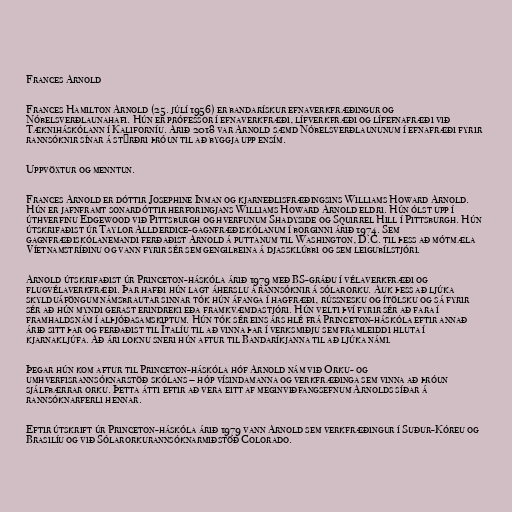
Frances Arnold

Frances Hamilton Arnold (25. júlí 1956) er bandarískur efnaverkfræðingur og
Nóbelsverðlaunahafi. Hún er prófessor í efnaverkfræði, lífverkfræði og lífefnafræði við
Tækniháskólann í Kaliforníu. Árið 2018 var Arnold sæmd Nóbelsverðlaununum í efnafræði fyrir
rannsóknir sínar á stýrðri þróun til að byggja upp ensím.

Uppvöxtur og menntun.

Frances Arnold er dóttir Josephine Inman og kjarneðlisfræðingsins Williams Howard Arnold.
Hún er jafnframt sonardóttir herforingjans Williams Howard Arnold eldri. Hún ólst upp í
úthverfinu Edgewood við Pittsburgh og hverfunum Shadyside og Squirrel Hill í Pittsburgh. Hún
útskrifaðist úr Taylor Allderdice-gagnfræðiskólanum í borginni árið 1974. Sem
gagnfræðiskólanemandi ferðaðist Arnold á puttanum til Washington, D.C. til þess að mótmæla
Víetnamstríðinu og vann fyrir sér sem gengilbeina á djassklúbbi og sem leigubílstjóri.

Arnold útskrifaðist úr Princeton-háskóla árið 1979 með BS-gráðu í vélaverkfræði og
flugvélaverkfræði. Þar hafði hún lagt áherslu á rannsóknir á sólarorku. Auk þess að ljúka
skylduáföngum námsbrautar sinnar tók hún áfanga í hagfræði, rússnesku og ítölsku og sá fyrir
sér að hún myndi gerast erindreki eða framkvæmdastjóri. Hún velti því fyrir sér að fara í
framhaldsnám í alþjóðasamskiptum. Hún tók sér eins árs hlé frá Princeton-háskóla eftir annað
árið sitt þar og ferðaðist til Ítalíu til að vinna þar í verksmiðju sem framleiddi hluta í
kjarnakljúfa. Að ári loknu sneri hún aftur til Bandaríkjanna til að ljúka námi.

Þegar hún kom aftur til Princeton-háskóla hóf Arnold nám við Orku- og
umhverfisrannsóknarstöð skólans – hóp vísindamanna og verkfræðinga sem vinna að þróun
sjálfbærrar orku. Þetta átti eftir að vera eitt af meginviðfangsefnum Arnolds síðar á
rannsóknarferli hennar.

Eftir útskrift úr Princeton-háskóla árið 1979 vann Arnold sem verkfræðingur í Suður-Kóreu og
Brasilíu og við Sólarorkurannsóknarmiðstöð Colorado.